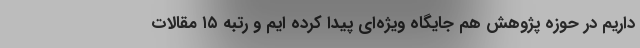
داریم در حوزه پژوهش هم جایگاه ویژه‌ای پیدا کرده ایم و رتبه ۱۵ مقالات